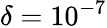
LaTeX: \delta=10^{-7}